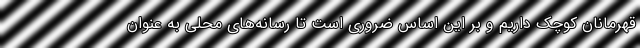
قهرمانان کوچک داریم و بر این اساس ضروری است تا رسانه‌های محلی به عنوان